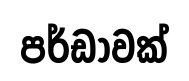
පර්ඩාවක්